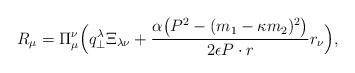
\begin{align*}R_\mu = \Pi _\mu ^\nu \Bigl( q_\bot^\lambda \Xi_{\lambda \nu} +\frac{\alpha \bigl(P^2 - (m_1 - \kappa m_2)^2\bigr)}{2\epsilon P\cdot r}r_\nu \Bigr) ,\end{align*}